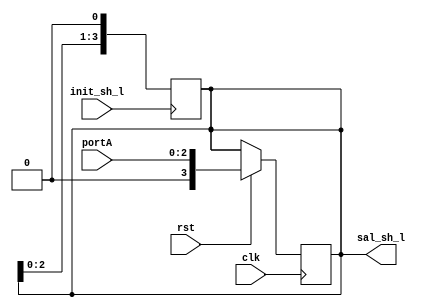
`timescale 1ns / 1ps
module sh_l(
  input [2:0] portA,     //Pines para ingresar el operando (Se me ocurre que funcione el A para sll y el B para srl para no enredarse tanto con un pin que multiplexe A o B a la salida)
  input init_sh_l,       //Pin para habilitar o no este mdulo (Asignar a pulsador para que refresque y no se quede en 1)
  input clk,             //Pin para sincronizar con el reloj
  input rst,             //Pin para volver al dato sin corrimientos
  output [3:0] sal_sh_l  //Pines para extraer lo que retorna este mdulo y usarlo en el top-module
);

reg [3:0] A; //Registro que almacenar el nmero desplazado
assign sal_sh_l = A;

always @ (posedge clk) begin //Comentar esto para sintetizar y luego descomentarlo para simular
if (rst) A = {1'b0,portA}; //Devuelve A a su posicin original (En los ltimos 3 LSB), es decir, reinicia el desplazamiento
end

always @ (posedge init_sh_l) begin
  A = A << 1; //Desplaza A a la izquierda
end
endmodule